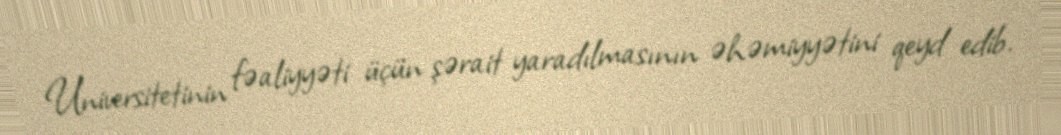
Universitetinin fəaliyyəti üçün şərait yaradılmasının əhəmiyyətini qeyd edib.